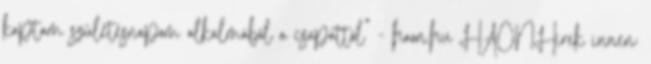
kaptam születésnapom alkalmából a csapattól” - haon.hu HAONHírek innen: